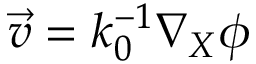
\vec { v } = k _ { 0 } ^ { - 1 } \nabla _ { X } \phi